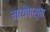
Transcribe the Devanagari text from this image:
मायेपासून